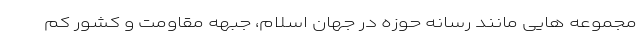
مجموعه هایی مانند رسانه حوزه در جهان اسلام، جبهه مقاومت و کشور کم